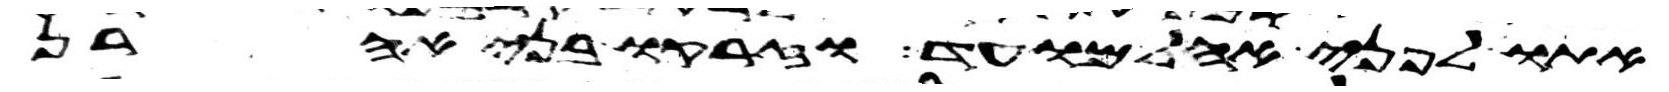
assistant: אתו לפני אהל מועד וזרקו בני אהרן